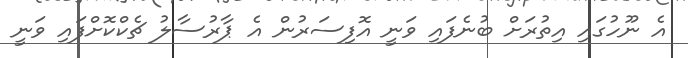
އެ ނޫހުގައި އިތުރަށް ބުނެފައި ވަނީ އޮފިސަރުން އެ ޕާރުސާލު ޗެކްކޮށްފައި ވަނީ